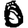
Digit: 0